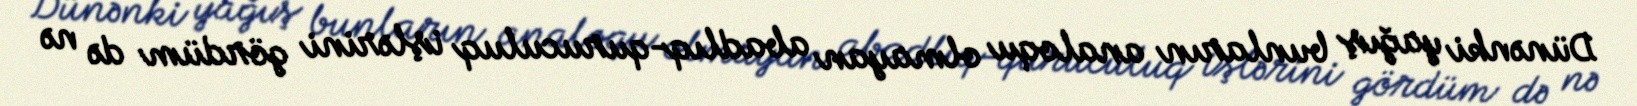
Dünənki yağış bunların analoqu olmayan abadlıq-quruculuq işlərini gördüm də nə